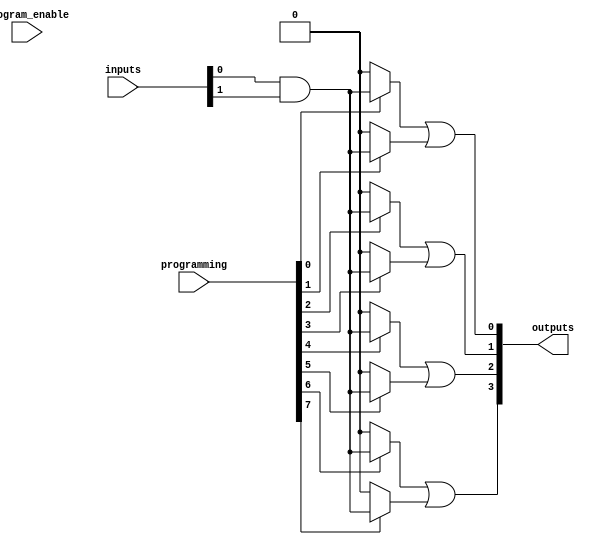
module FlashProgrammablePAL (
    input wire [N-1:0] inputs,       // N input lines
    input wire [M-1:0] programming,   // M programming bits for AND array
    input wire program_enable,         // Enable for programming mode
    output wire [P-1:0] outputs        // P output lines
);

// Parameter Definitions
parameter N = 8;                     // Number of input lines
parameter M = 16;                    // Number of AND gates
parameter P = 4;                     // Number of output lines

// Internal wires for AND gates
wire [M-1:0] and_outputs;            // Outputs from AND gates

// Array of programmable AND gates
genvar i;
generate
    for (i = 0; i < M; i = i + 1) begin : and_array
        // Each AND gate can be programmed via flash memory (programming)
        // This example assumes 2 inputs per AND gate for simplicity
        assign and_outputs[i] = (programming[i] == 1'b1) ? (inputs[0] & inputs[1]) : 1'b0; // Example logic
    end
endgenerate

// Fixed OR array combining AND gate outputs
genvar j;
generate
    for (j = 0; j < P; j = j + 1) begin : or_array
        // OR gate combines the outputs from different AND gates
        // This example combines outputs using a fixed pattern
        assign outputs[j] = or_combination(and_outputs, j);
    end
endgenerate

// Function to combine AND gate outputs into OR outputs
function or_combination;
    input [M-1:0] and_outputs; // AND gate outputs
    input [3:0] index;         // Output index
    begin
        case (index)
            0: or_combination = and_outputs[0] | and_outputs[1]; // Example combination
            1: or_combination = and_outputs[2] | and_outputs[3];
            2: or_combination = and_outputs[4] | and_outputs[5];
            3: or_combination = and_outputs[6] | and_outputs[7];
            default: or_combination = 1'b0;
        endcase
    end
endfunction

endmodule